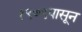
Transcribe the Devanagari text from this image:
१९७९पासून